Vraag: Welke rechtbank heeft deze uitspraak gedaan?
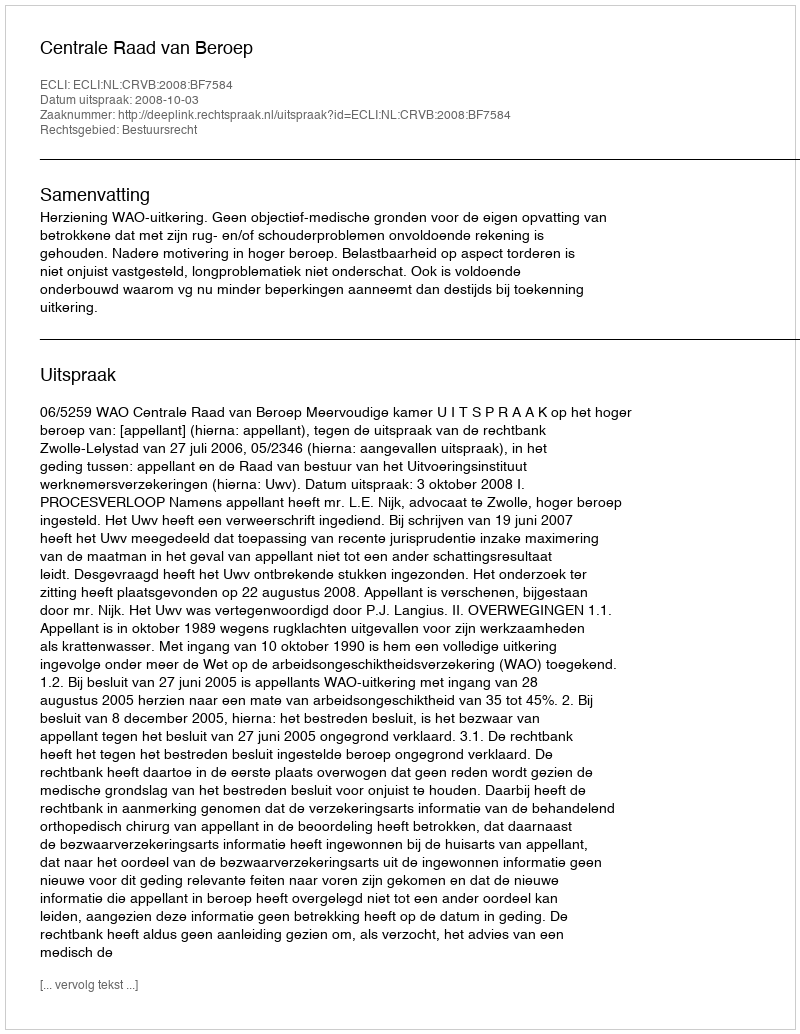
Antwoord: Centrale Raad van Beroep